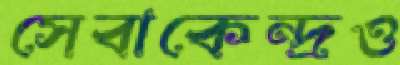
সেবাকেন্দ্রও